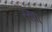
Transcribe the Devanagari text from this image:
रे़खा